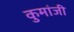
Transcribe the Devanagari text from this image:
कुमांजी